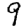
Digit: 9